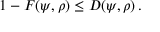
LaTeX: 1 - F ( \psi , \rho ) \leq D ( \psi , \rho ) \, .